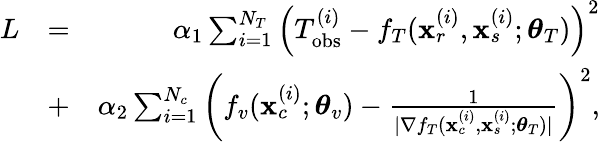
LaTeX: \begin{array}{rlr}{L}&{=}&{\alpha_{1}\sum_{i=1}^{N_{T}}\left(T_{\mathrm{obs}}^{(i)}-f_{T}(\mathbf{x}_{r}^{(i)},\mathbf{x}_{s}^{(i)};\boldsymbol{\theta}_{T})\right)^{2}}\\ &{+}&{\alpha_{2}\sum_{i=1}^{N_{c}}\left(f_{v}(\mathbf{x}_{c}^{(i)};\boldsymbol{\theta}_{v})-\frac{1}{|\nabla f_{T}(\mathbf{x}_{c}^{(i)},\mathbf{x}_{s}^{(i)};\boldsymbol{\theta}_{T})|}\right)^{2},}\end{array}